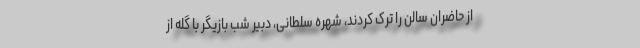
از حاضران سالن را ترک کردند، شهره سلطانی، دبیر شب بازیگر با گله از